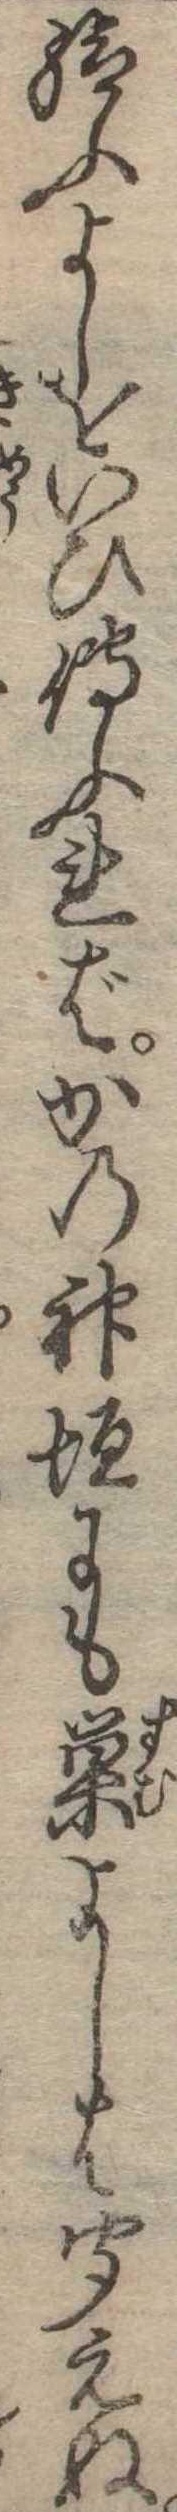
給ふよしをいひ伝ふればかの神垣にも巣よしは聞えぬ